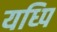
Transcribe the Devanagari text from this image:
यध्पि